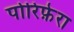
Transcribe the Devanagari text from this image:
पोरिफ़ेरा